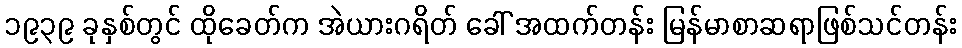
၁၉၃၉ ခုနှစ်တွင် ထိုခေတ်က အဲယားဂရိတ် ခေါ် အထက်တန်း မြန်မာစာဆရာဖြစ်သင်တန်း